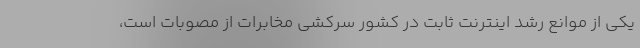
یکی از موانع رشد اینترنت ثابت در کشور سرکشی مخابرات از مصوبات است،